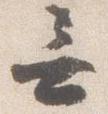
無